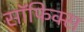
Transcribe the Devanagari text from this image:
सॉफिक्स